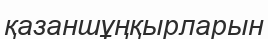
қазаншұңқырларын